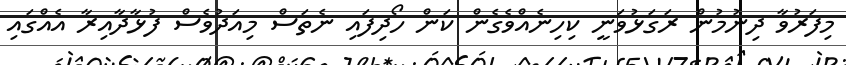
މިފަރުވާ ދިނުމުން ރަގަޅުވަނީ ކިހިނެއްވެގެން ކަން ހޯދިފައި ނެތަސް މިއަދުވެސް ފުޅާދާއިރާ އެއްގައި